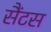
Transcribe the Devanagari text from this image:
सैंटस